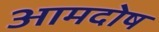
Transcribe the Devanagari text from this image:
आमदोष